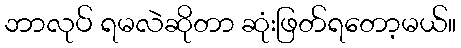
ဘာလုပ် ရမလဲဆိုတာ ဆုံးဖြတ်ရတော့မယ်။